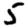
Digit: 5